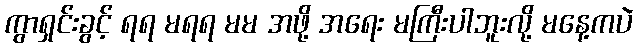
ကွာရှင်းခွင့် ရရ မရရ မမ အဖို့ အရေး မကြီးပါဘူးလို့ မနေ့ကပဲ